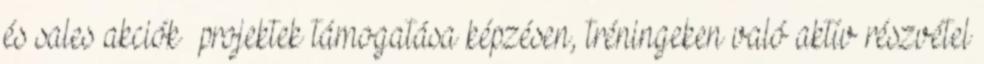
és sales akciók projektek támogatása képzésen, tréningeken való aktív részvétel